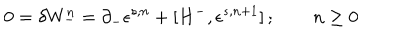
LaTeX: 0 = \delta W _ { - } ^ { n } = \partial _ { - } \epsilon ^ { s , n } + [ H ^ { - } , \epsilon ^ { s , n + 1 } ] \, ; \qquad n \geq 0